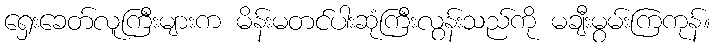
ရှေးခေတ်လူကြီးများက မိန်းမတင်ပါးဆုံကြီးလွန်းသည်ကို မချီးမွမ်းကြကုန်။